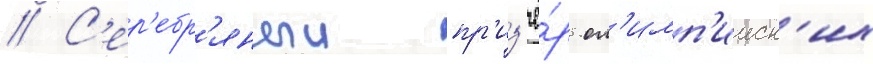
// С'ер'ебр'яныи пр'из'ё́р ол'имп'ииск'их